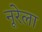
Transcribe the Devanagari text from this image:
नूरेला